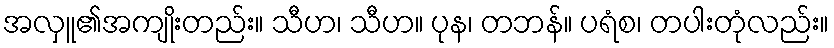
အလှူ၏အကျိုးတည်း။ သီဟ၊ သီဟ။ ပုန၊ တဘန်။ ပရံစ၊ တပါးတုံလည်း။